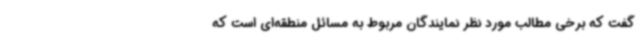
گفت که برخی مطالب مورد نظر نمایندگان مربوط به مسائل منطقه‌ای است که